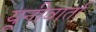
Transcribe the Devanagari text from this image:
यूनीवार्ता